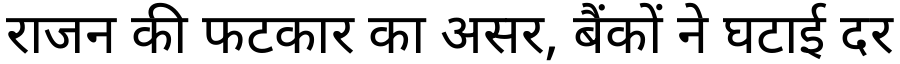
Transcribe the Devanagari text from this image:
राजन की फटकार का असर, बैंकों ने घटाई दर